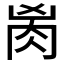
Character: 𰮎